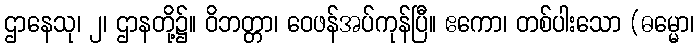
ဌာနေသု၊ ၂၊ ဌာနတို့၌။ ဝိဘတ္တာ၊ ဝေဖန်အပ်ကုန်ပြီ။ ဧကော၊ တစ်ပါးသော (ဓမ္မော၊